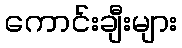
ကောင်းချီးများ